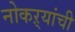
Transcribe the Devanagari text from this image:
नोकऱ्यांची